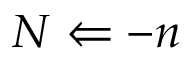
N \Leftarrow - n